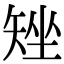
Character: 矬